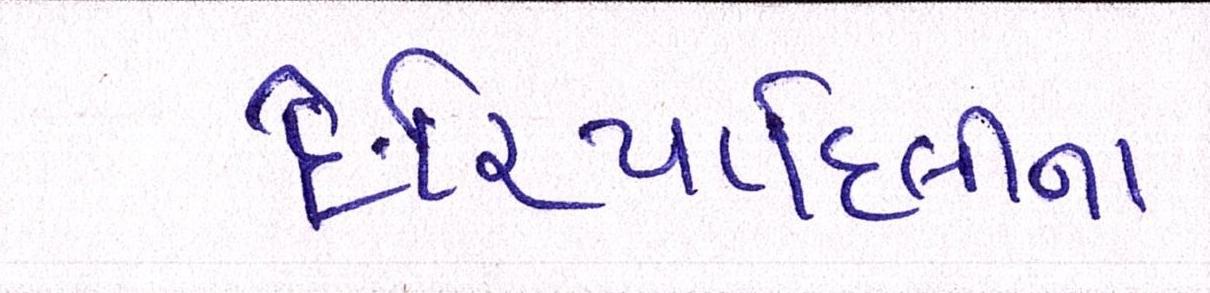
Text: દરિયાદિલીના